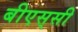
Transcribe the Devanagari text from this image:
बीएस्‌सी